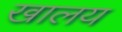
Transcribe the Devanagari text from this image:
खालय